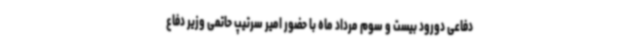
دفاعی دورود بیست و سوم مرداد ماه با حضور امیر سرتیپ حاتمی وزیر دفاع